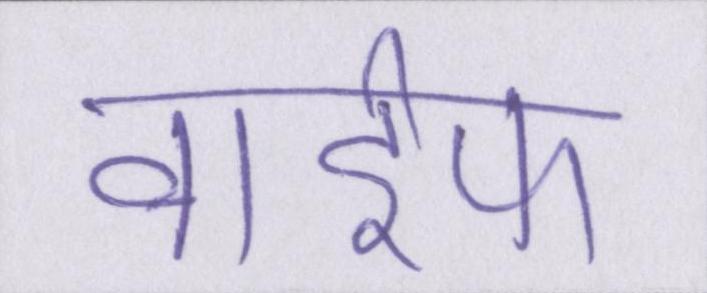
वाईफ